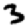
Digit: 3